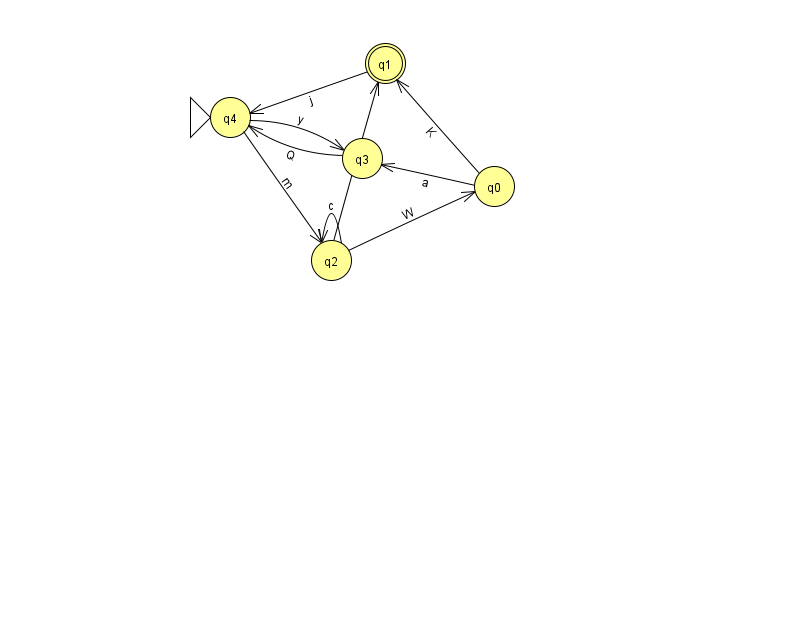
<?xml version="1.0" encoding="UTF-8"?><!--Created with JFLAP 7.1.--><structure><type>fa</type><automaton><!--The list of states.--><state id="0" name="q0"><x>494.0</x><y>173.0</y></state><state id="1" name="q1"><x>385.0</x><y>50.0</y><final/></state><state id="2" name="q2"><x>331.0</x><y>247.0</y></state><state id="3" name="q3"><x>362.0</x><y>145.0</y></state><state id="4" name="q4"><x>230.0</x><y>104.0</y><initial/></state><!--The list of transitions.--><transition><from>0</from><to>3</to><read>a</read></transition><transition><from>3</from><to>4</to><read>Q</read></transition><transition><from>4</from><to>2</to><read>m</read></transition><transition><from>2</from><to>2</to><read>c</read></transition><transition><from>2</from><to>1</to><read>k</read></transition><transition><from>2</from><to>0</to><read>W</read></transition><transition><from>4</from><to>3</to><read>y</read></transition><transition><from>0</from><to>1</to><read>K</read></transition><transition><from>1</from><to>4</to><read>j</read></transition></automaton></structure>